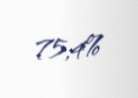
75,4%